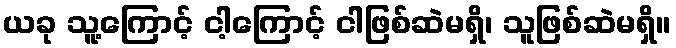
ယခု သူ့ကြောင့် ငါ့ကြောင့် ငါဖြစ်ဆဲမရှိ၊ သူဖြစ်ဆဲမရှိ။